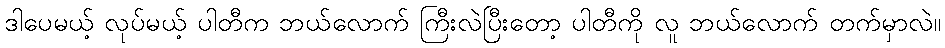
ဒါပေမယ့် လုပ်မယ့် ပါတီက ဘယ်လောက် ကြီးလဲပြီးတော့ ပါတီကို လူ ဘယ်လောက် တက်မှာလဲ။